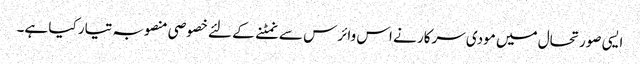
ایسی صورتحال میں مودی سرکار نے اس وائرس سے نمٹنے کے لئے خصوصی منصوبہ تیار کیا ہے۔